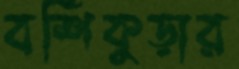
বর্শিকুড়ার